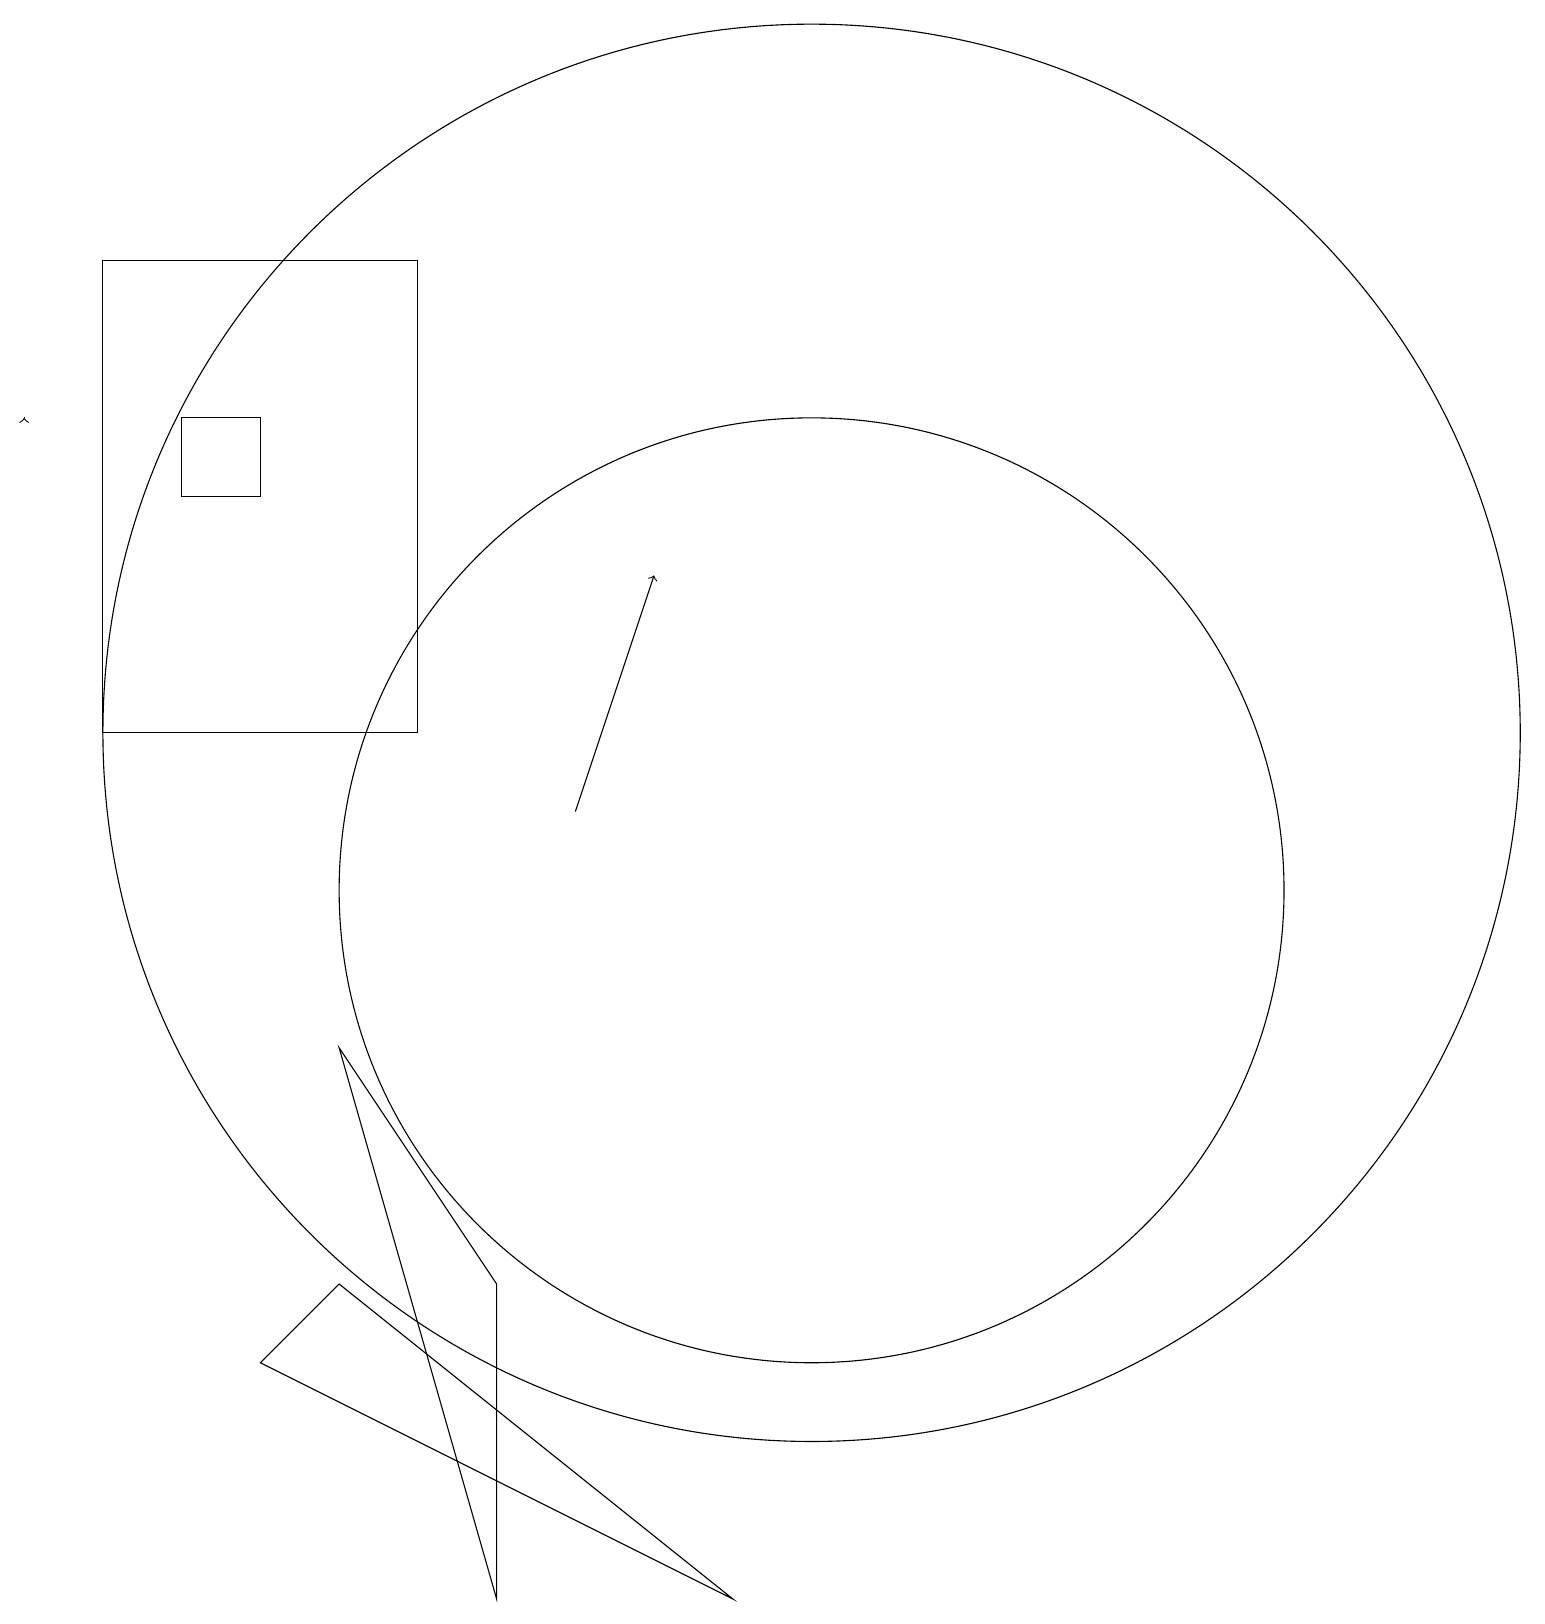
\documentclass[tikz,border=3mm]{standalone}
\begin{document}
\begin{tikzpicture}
\draw[->] (7,11) -- (8,14);
\draw (2,16) rectangle (3,15);
\draw (1,18) rectangle (5,12);
\draw (10,10) circle (6);
\draw (4,8) -- (6,1) -- (6,5) -- cycle;
\draw[->] (0,16) -- (0,16);
\draw (9,1) -- (4,5) -- (3,4) -- cycle;
\draw (10,12) circle (9);
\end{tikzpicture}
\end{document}